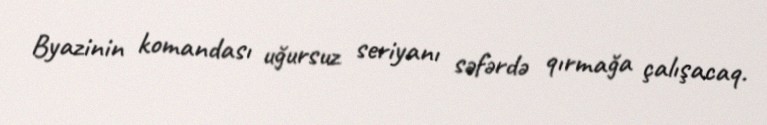
Byazinin komandası uğursuz seriyanı səfərdə qırmağa çalışacaq.